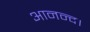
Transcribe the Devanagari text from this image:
आनन्द।